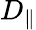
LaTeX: D_{\| }